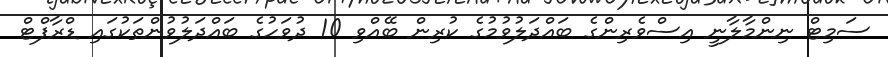
ސަމިޓް ނިންމާލާނީ އިސްވެރިންގެ ބައްދަލުވުމުގެ ކުރިން ބޭއްވި 10 ދުވަހުގެ ބައްދަލުވުންތަކުގައި ޑްރާފްޓް